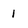
Character: 1